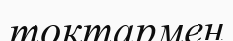
тоқтармен